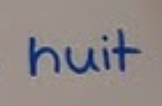
huit